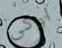
اوكى